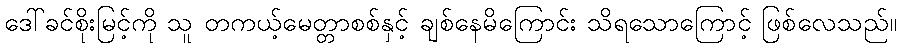
ဒေါ်ခင်စိုးမြင့်ကို သူ တကယ့်မေတ္တာစစ်နှင့် ချစ်နေမိကြောင်း သိရသောကြောင့် ဖြစ်လေသည်။